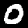
Label: 0